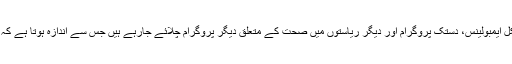
انہوں نے اس کی مثال پیش کرتے ہوئے کہاکہ جیسا کہ آندھرا پردیش میں موٹر سائیکل ایمبولینس، دستک پروگرام اور دیگر ریاستوں میں صحت کے متعلق دیگر پروگرام چلائے جارہے ہیں جس سے اندازہ ہوتا ہے کہ مرکزی حکومت کے ساتھ ریاستی حکومت بھی اس سلسلے میں بیدار اور حساس ہے۔